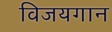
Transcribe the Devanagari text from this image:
विजयगान